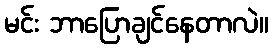
မင်း ဘာပြောချင်နေတာလဲ။